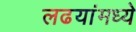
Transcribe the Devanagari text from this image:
लढयांमध्ये